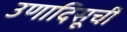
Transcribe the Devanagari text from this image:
उणादिसूची